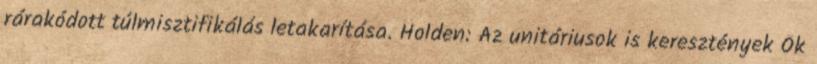
rárakódott túlmisztifikálás letakarítása. Holden: Az unitáriusok is keresztények Ők